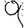
Digit: 9